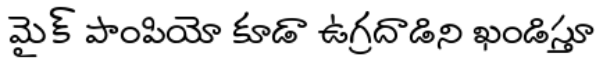
మైక్ పాంపియో కూడా ఉగ్రదాడిని ఖండిస్తూ